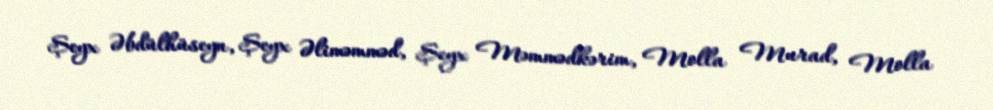
Şeyx Əbdülhüseyn, Şeyx Əliməmməd, Şeyx Məmmədkərim, Molla Murad, Molla